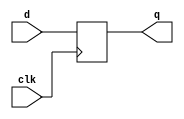
module vc_Reg
#(
  parameter p_nbits = 1
)(
  input                clk, // Clock input
  output [p_nbits-1:0] q,   // Data output
  input  [p_nbits-1:0] d    // Data input (sampled on rising clk edge)
);

  reg q;

  always @( posedge clk )
    q <= d;

endmodule